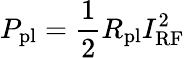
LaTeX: P_{\mathrm{pl}}=\frac{1}{2}R_{\mathrm{pl}}I_{\mathrm{RF}}^{2}